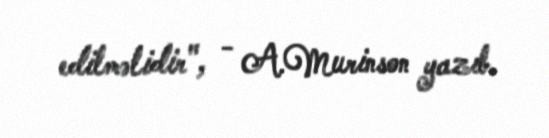
edilməlidir", - A.Murinson yazıb.